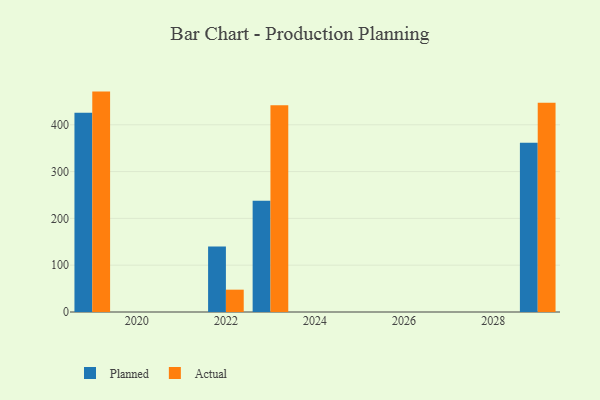
{"axis": {"x": "Year", "y": "Page Views"}, "legend": ["Actual", "Planned"], "data": [{"x": "2029", "y": 361.8, "type": "Planned"}, {"x": "2029", "y": 446.9, "type": "Actual"}, {"x": "2022", "y": 140.0, "type": "Planned"}, {"x": "2022", "y": 47.7, "type": "Actual"}, {"x": "2023", "y": 237.5, "type": "Planned"}, {"x": "2023", "y": 441.9, "type": "Actual"}, {"x": "2019", "y": 425.6, "type": "Planned"}, {"x": "2019", "y": 470.9, "type": "Actual"}]}